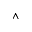
\wedge